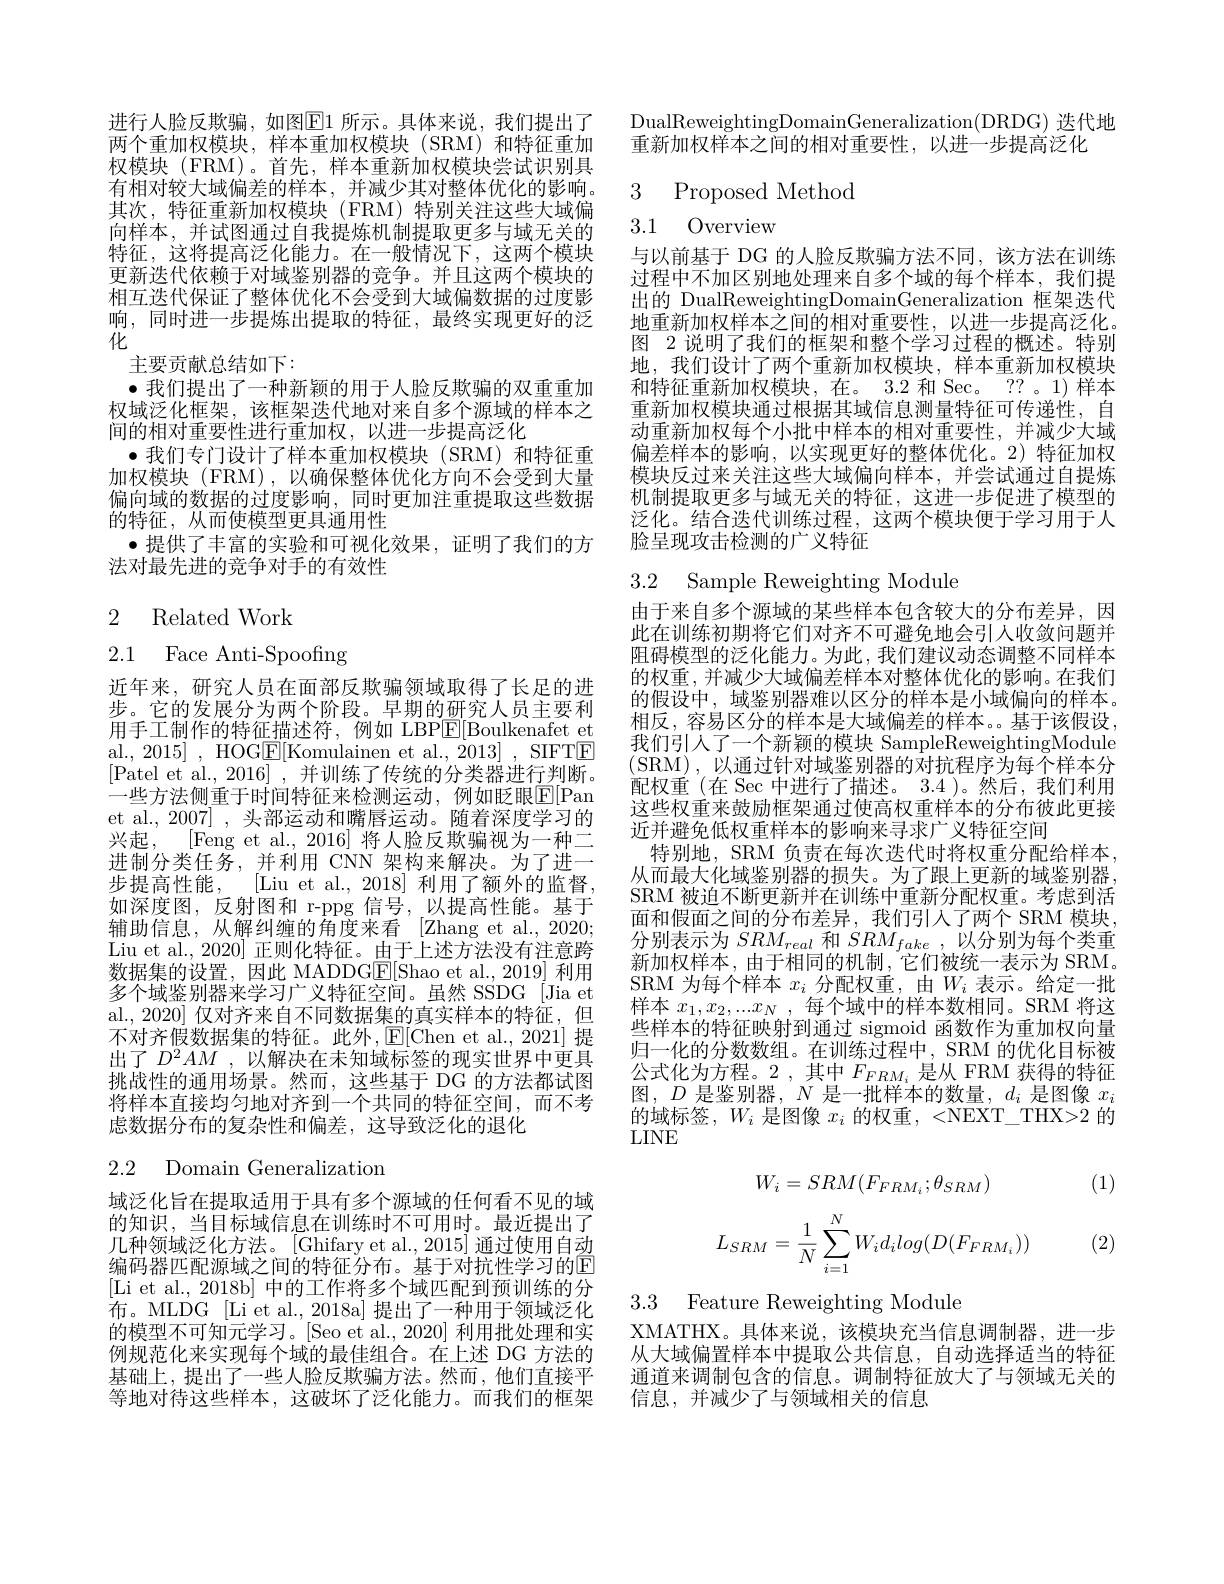
进行人脸反欺骗，如图$\boxed{\mathrm{F}}1$ 所示。具体来说，我们提出了两个重加权模块，样本重加权模块(SRM)和特征重加权模块 (FRM)。首先，样本重新加权模块尝试识别具有相对较大域偏差的样本，并减少其对整体优化的影响。其次，特征重新加权模块(FRM)特别关注这些大域偏向样本，并试图通过自我提炼机制提取更多与域无关的特征，这将提高泛化能力。在一般情况下，这两个模块更新迭代依赖于对域鉴别器的竞争。并且这两个模块的相互迭代保证了整体优化不会受到大域偏数据的过度影响，同时进一步提炼出提取的特征，最终实现更好的泛化
主要贡献总结如下：
$\bullet$我们提出了一种新颖的用于人脸反欺骗的双重重加权域泛化框架，该框架迭代地对来自多个源域的样本之间的相对重要性进行重加权，以进一步提高泛化
$\bullet$我们专门设计了样本重加权模块(SRM)和特征重加权模块(FRM),以确保整体优化方向不会受到大量偏向域的数据的过度影响，同时更加注重提取这些数据的特征，从而使模型更具通用性
$\bullet$提供了丰富的实验和可视化效果，证明了我们的方
法对最先进的竞争对手的有效性
$$\begin{array}{ll}2&\text{Related Work}\\2.1&\text{Face Anti-Spoofing}\end{array}$$
近年来，研究人员在面部反欺骗领域取得了长足的进步。它的发展分为两个阶段。早期的研究人员主要利用手工制作的特征描述符，例如 LBP$\underline{\mathrm{E}}[$Boulkenafet et al., 2015] , HOG$\boxed{\mathrm{F}}[$Komulainen et al., 2013] , SIFTE [Patel et al., 2016] ,并训练了传统的分类器进行判断。一些方法侧重于时间特征来检测运动，例如眨眼$\overline{\mathrm{E}}[$Pan et al., 2007] , 头部运动和嘴唇运动。随着深度学习的兴起，[Feng et al., 2016] 将人脸反欺骗视为一种二进制分类任务，并利用 CNN 架构来解决。为了进一步提高性能，[Liu et al., 2018] 利用了额外的监督， 如深度图，反射图和 r-ppg 信号，以提高性能。基于辅助信息，从解纠缠的角度来看 [Zhang et al., 2020; Liu et al., 2020] 正则化特征。由于上述方法没有注意跨数据集的设置，因此 MADDGE[Shao et al., 2019] 利用多个域鉴别器来学习广义特征空间。虽然 SSDG [Jia et al., 2020] 仅对齐来自不同数据集的真实样本的特征，但不对齐假数据集的特征。此外，$\operatorname{E}[$Chen et al.,2021] 提出了$D^2AM$ ,以解决在未知域标签的现实世界中更具挑战性的通用场景。然而，这些基于 DG 的方法都试图将样本直接均匀地对齐到一个共同的特征空间，而不考虑数据分布的复杂性和偏差，这导致泛化的退化

# 2.2 Domain Generalization

域泛化旨在提取适用于具有多个源域的任何看不见的域的知识，当目标域信息在训练时不可用时。最近提出了几种领域泛化方法。[Ghifary et al.,2015] 通过使用自动编码器匹配源域之间的特征分布。基于对抗性学习的E [Li et al. 2018b] 中的工作将多个域匹配到预训练的分布。MLDG [Li et al., 2018a] 提出了一种用于领域泛化的模型不可知元学习。[Seo et al., 2020] 利用批处理和实例规范化来实现每个域的最佳组合。在上述 DG 方法的基础上，提出了一些人脸反欺骗方法。然而，他们直接平等地对待这些样本，这破坏了泛化能力。而我们的框架

DualReweightingDomainGeneralization( DRDG) 迭代地
重新加权样本之间的相对重要性，以进一步提高泛化

## 3 Proposed Method 3.1 Overview

与以前基于 DG 的人脸反欺骗方法不同，该方法在训练过程中不加区别地处理来自多个域的每个样本，我们提出的 DualReweightingDomainGeneralization 框架迭代地重新加权样本之间的相对重要性，以进一步提高泛化。图 2 说明了我们的框架和整个学习过程的概述。特别地，我们设计了两个重新加权模块，样本重新加权模块和特征重新加权模块，在。3.2 和 Sec。?? 。1) 样本重新加权模块通过根据其域信息测量特征可传递性，自动重新加权每个小批中样本的相对重要性，并减少大域偏差样本的影响，以实现更好的整体优化。2)特征加权模块反过来关注这些大域偏向样本，并尝试通过自提炼机制提取更多与域无关的特征，这进一步促进了模型的泛化。结合迭代训练过程，这两个模块便于学习用于人脸呈现攻击检测的广义特征

3.2 Sample Reweighting Module

由于来自多个源域的某些样本包含较大的分布差异，因此在训练初期将它们对齐不可避免地会引人收敛问题并阻碍模型的泛化能力。为此，我们建议动态调整不同样本的权重，并减少大域偏差样本对整体优化的影响。在我们的假设中，域鉴别器难以区分的样本是小域偏向的样本。相反，容易区分的样本是大域偏差的样本。基于该假设我们引人了一个新颖的模块 SampleReweightingModule (SRM),以通过针对域鉴别器的对抗程序为每个样本分配权重(在 Sec 中进行了描述。3.4 )。然后，我们利用这些权重来鼓励框架通过使高权重样本的分布彼此更接近并避免低权重样本的影响来寻求广义特征空间
特别地，SRM 负责在每次迭代时将权重分配给样本从而最大化域鉴别器的损失。为了跟上更新的域鉴别器SRM 被迫不断更新并在训练中重新分配权重。考虑到活面和假面之间的分布差异，我们引入了两个 SRM 模块分别表示为$SRM_{real}$和$SRM_{fake}$,以分别为每个类重新加权样本，由于相同的机制，它们被统一表示为 SRM。SRM 为每个样本$x_i$分配权重，由$W_i$表示。给定一批$\begin{array}{l}\text{样本 }x_1,x_2,...x_N\mathrm{~,~}\text{每个域中的样本数相同。SRM 将这}\\\text{些样本的特征映射到通过 sigmoid 函数作为重加权向量}\end{array}$ 归一化的分数数组。在训练过程中，SRM 的优化目标被公式化为方程。2 , 其中$F_{FRM_i}$是从 FRM 获得的特征图，$D$是鉴别器，$N$是一批样本的数量，$d_i$是图像$x_i$ 的域标签，$W_i$是图像$x_i$的权重，<NEXT\_THX>2 的$LINE$

(1)
$$W_i=SRM(F_{FRM_i};\theta_{SRM})$$
$$L_{SRM}=\frac{1}{N}\sum_{i=1}^{N}W_{i}d_{i}log(D(F_{FRM_{i}}))$$
(2)

3.3 Feature Reweighting Module

XMATHX。具体来说，该模块充当信息调制器，进一步从大域偏置样本中提取公共信息，自动选择适当的特征通道来调制包含的信息。调制特征放大了与领域无关的信息，并减少了与领域相关的信息